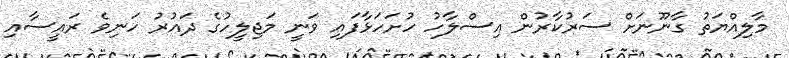
މާލިއްޔަތު ގާނޫނަށް ސަރުކާރުން އިސްލާހު ހުށަހަޅާފައި ވަނީ މަޖިލީހުގެ ދައުރު ހަނިވެ ރައީސާއި